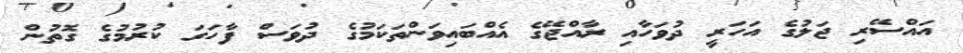
އައްސޭރި ޖަލުގެ އަހަރީ ދުވަހާއި ރާއްޖޭގެ އެއްބައިވަންތަކަމުގެ ދުވަސް ފާހަގަ ކުރުމުގެ ގޮތުން